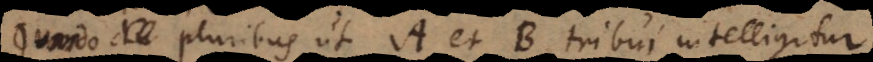
Quando pluribus ut A et B tribui intelligitur